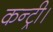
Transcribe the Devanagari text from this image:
कन्ट्री।